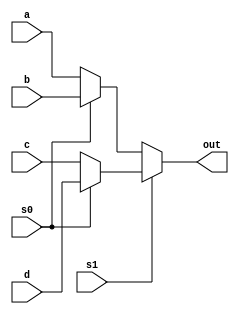
module elavarasanp002_mux ( input a, 
input b, 
input c, 
input d, 
input s0, s1,
output out); 

 assign out = s1 ? (s0 ? d : c) : (s0 ? b : a); 

endmodule